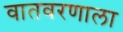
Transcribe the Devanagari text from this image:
वातवरणाला